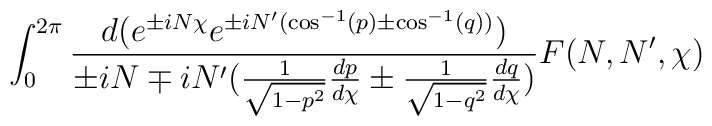
\int_0^{2\pi} \frac{d(e^{\pm i N \chi }e^{\pm i N'(\cos^{-1}(p)\pm \cos^{-1}(q))})}{\pm i N \mp i N'(\frac{1}{\sqrt{1-p^2}}\frac{dp}{d\chi}\pm\frac{1}{\sqrt{1-q^2}}\frac{dq}{d\chi})} F(N,N',\chi)